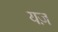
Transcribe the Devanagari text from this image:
यज़